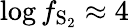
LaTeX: \log{f_{\mathrm{S_{2}}}}\approx 4